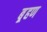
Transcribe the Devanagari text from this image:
ब़्रहण